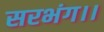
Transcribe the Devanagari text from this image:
सरभंग।।